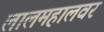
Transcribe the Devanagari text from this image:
लालमहालवर